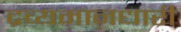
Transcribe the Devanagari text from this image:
द्रव्यमानधारी